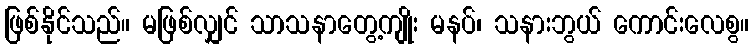
ဖြစ်နိုင်သည်။ မဖြစ်လျှင် သာသနာတွေ့ကျိုး မနပ်၊ သနားဘွယ် ကောင်းလေစွ။